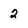
Character: 2